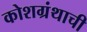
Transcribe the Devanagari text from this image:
कोशग्रंथाची